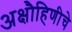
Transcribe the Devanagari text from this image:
अक्षौहिणीचे